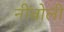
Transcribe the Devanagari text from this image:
नींबोली